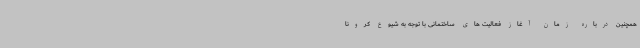
همچنین درباره زمان آغاز فعالیت های ساختمانی با توجه به شیوع کرونا